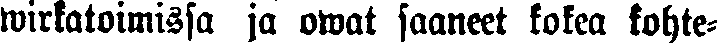
wirkatoimissa ja owat saaneet kokea kohte-